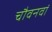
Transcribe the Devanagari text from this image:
चौवनवां